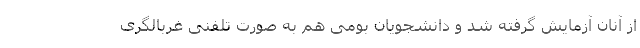
از آنان آزمایش گرفته شد و دانشجویان بومی هم به صورت تلفنی غربالگری